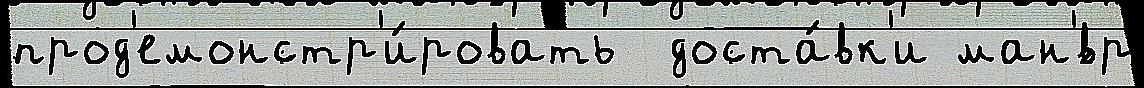
прод'емонстр'и́ровать  доста́вк'и ман'́вр